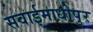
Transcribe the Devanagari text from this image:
सवाईमाधोपुर